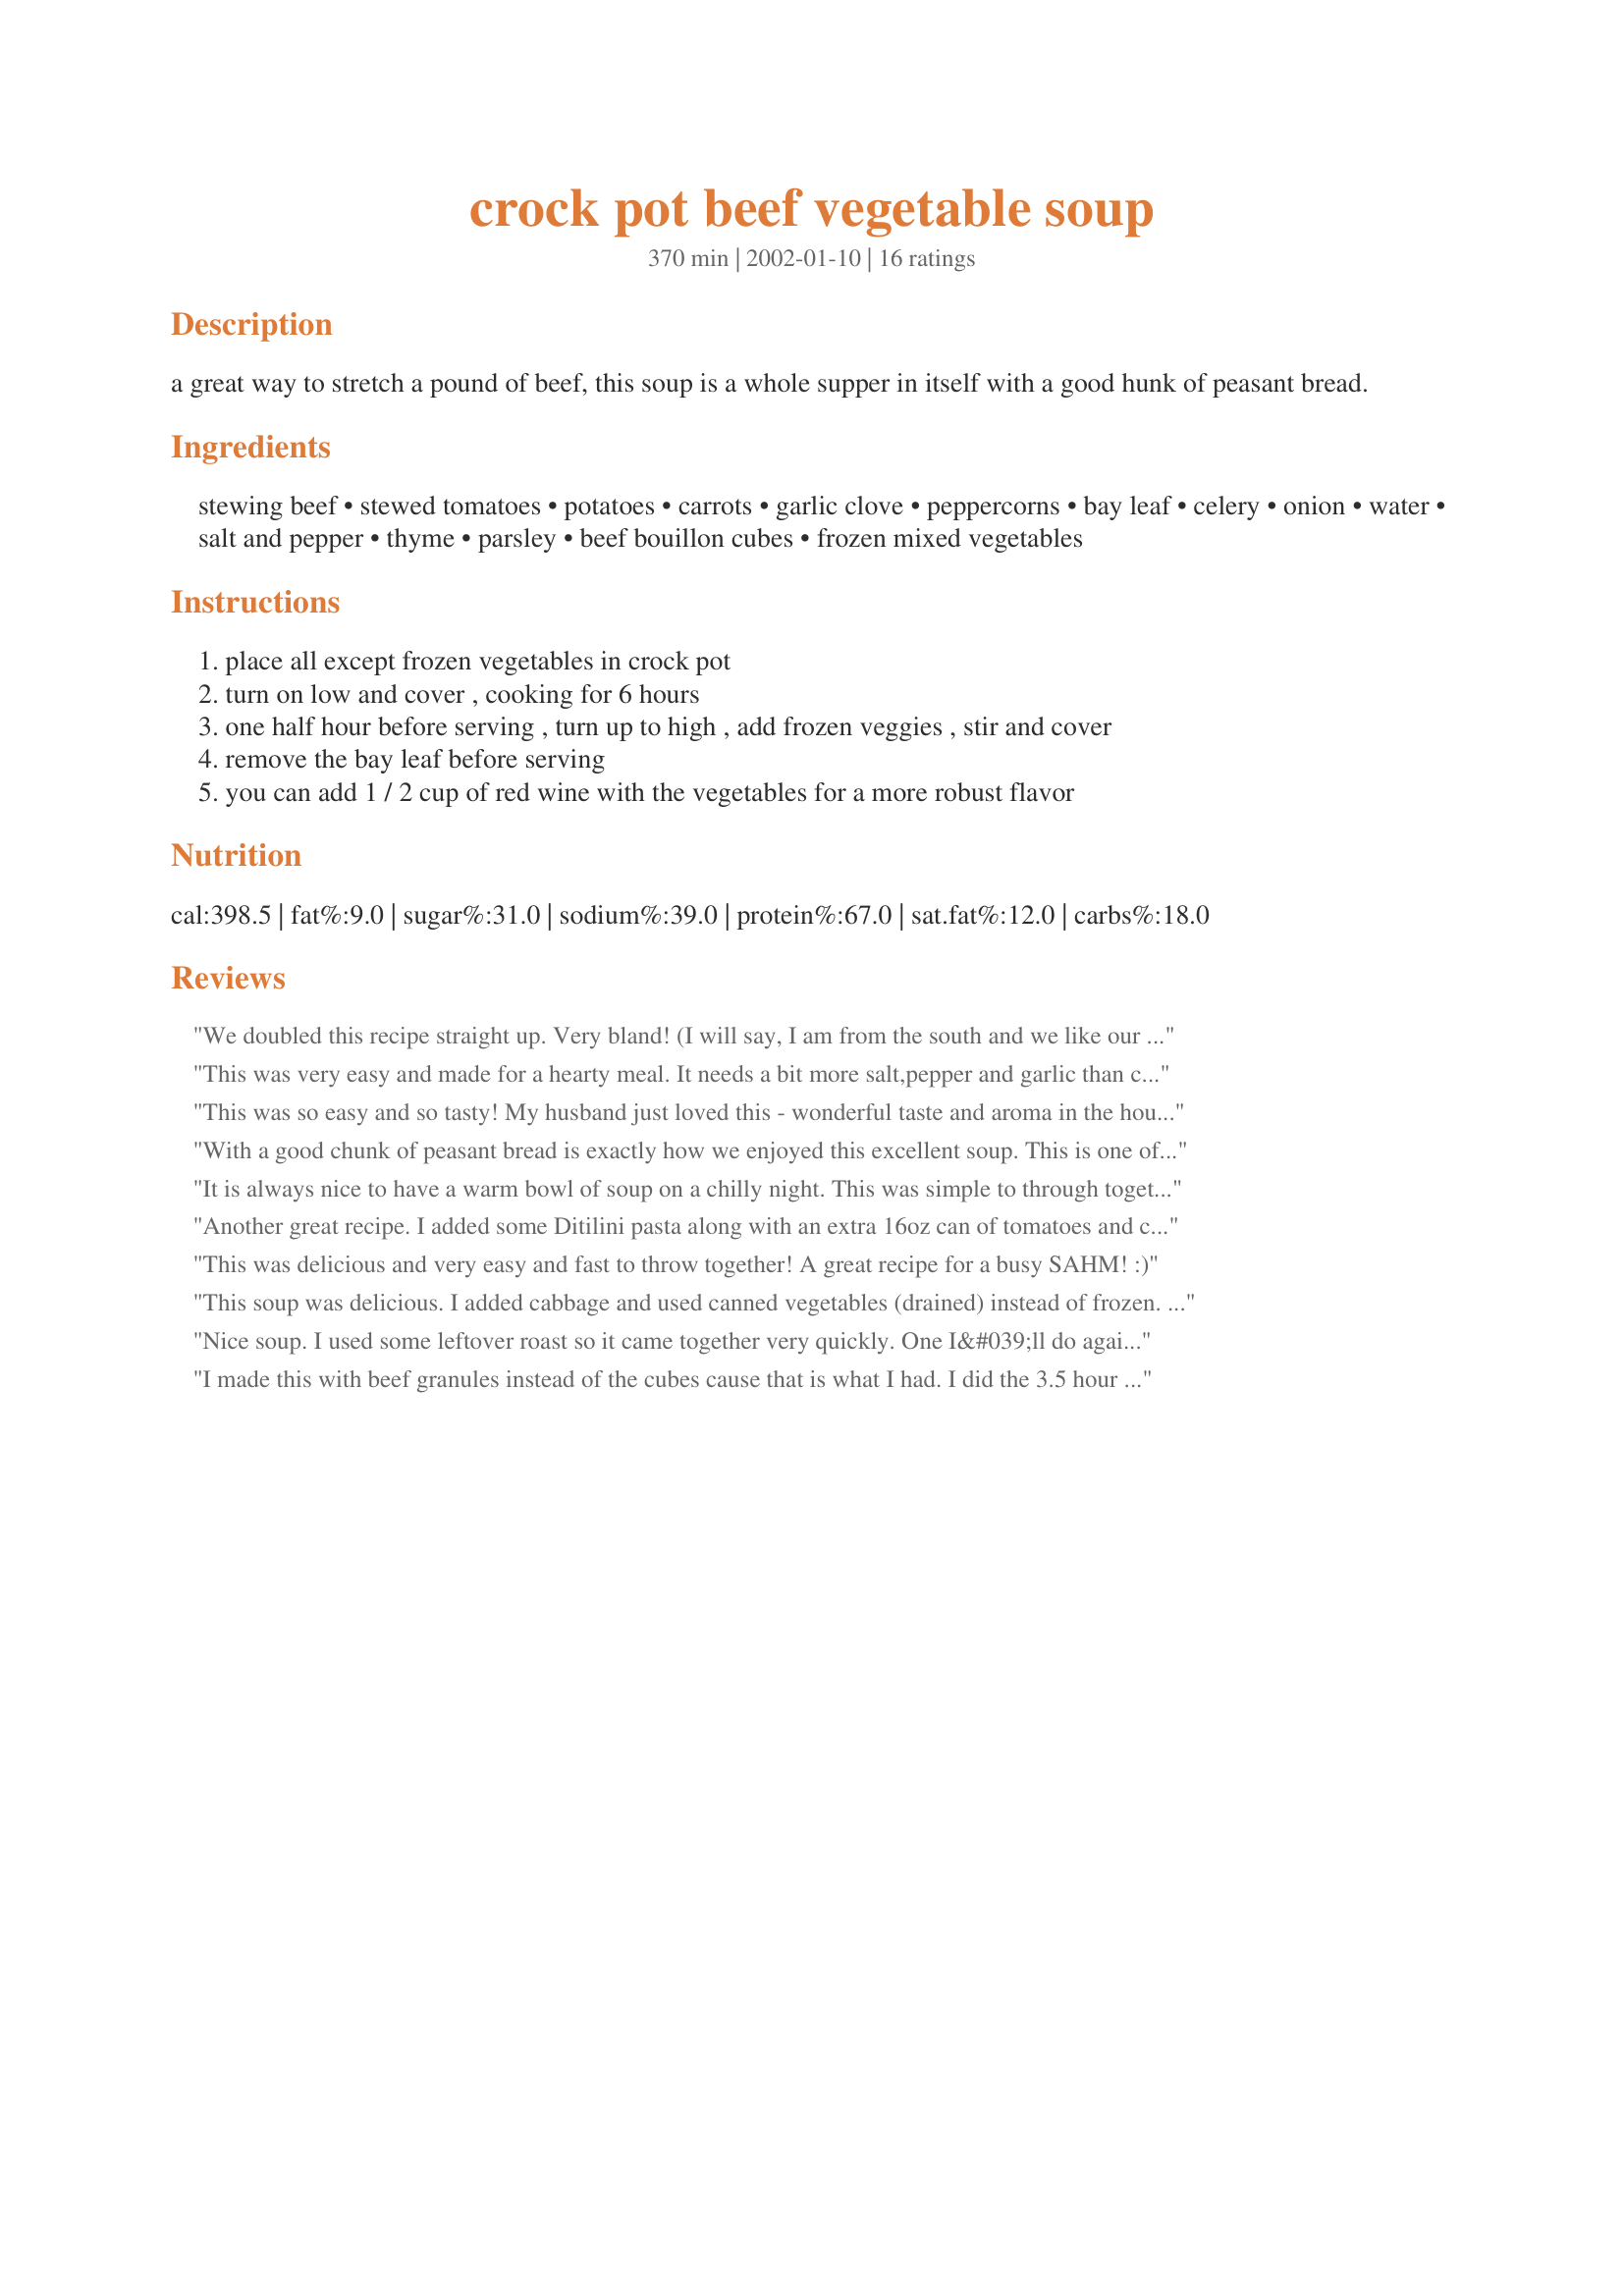
crock pot beef vegetable soup
Preparation time: 370 minutes

a great way to stretch a pound of beef, this soup is a whole supper in itself with a good hunk of peasant bread.

Ingredients:
stewing beef, stewed tomatoes, potatoes, carrots, garlic clove, peppercorns, bay leaf, celery, onion, water, salt and pepper, thyme, parsley, beef bouillon cubes, frozen mixed vegetables

Steps:
place all except frozen vegetables in crock pot
turn on low and cover , cooking for 6 hours
one half hour before serving , turn up to high , add frozen veggies , stir and cover
remove the bay leaf before serving
you can add 1 / 2 cup of red wine with the vegetables for a more robust flavor

Reviews:
We doubled this recipe straight up. Very bland! (I will say, I am from the south and we like our foods rich.) Needed much more salt, pepper, thyme, etc. Also a little thin for our taste. I added 1 can of tomato paste for the whole double batch. Little better after that. Also needed more time. Carrots and potatoes were still tough after the 6hrs low + 30min high.
This was very easy and made for a hearty meal. It needs a bit more salt,pepper and garlic than called for, though.
This was so easy and so tasty! My husband just loved this - wonderful taste and aroma in the house. I added a cut up turnip and some frozen peas/carrots/corn for mine. I also added some frech french cut green beans. It was very tasty and a snap to make. I let mine cook for 7 hours - the potatoes and turnips were cooked by then. Next time I will add some pasta and maybe a bit more salt. Great recipe!
With a good chunk of peasant bread is exactly how we enjoyed this excellent soup. This is one of the best soups I've done in my crock-pot in my 25 years of CP cooking. I made as written and it quite stretched the limits of my 2.5 qt. crockpot so a bit larger pot may be required. I may double it next time and use my 6-qt. pot and then freeze the leftovers. I'm also fantasizing about other veggies to use...for some reason cauliflower comes to mind. This was a lovely meal on a chilly day. Thanks so much for posting Mirj!
It is always nice to have a warm bowl of soup on a chilly night. This was simple to through together yet packed with flavor. Served it with a side salad and tomato bread. MMMMM....good
Another great recipe. I added some Ditilini pasta along with an extra 16oz can of tomatoes and cooked on low for 10 hours. Try this with Inez's Impossible Beer Bread. You won't be disappointed.
This was delicious and very easy and fast to throw together! A great recipe for a busy SAHM! :)
This soup was delicious. I added cabbage and used canned vegetables (drained) instead of frozen. Also added a can of 3 beans (drained) as well. I believe the spices and simmering is what helped make this soup so good. I slow cooked it for 8 hours on low. I served it with cornbread. My family was thrilled with this dinner on a cold night.
Nice soup. I used some leftover roast so it came together very quickly. One I&#039;ll do again. Thanks for sharing.
I made this with beef granules instead of the cubes cause that is what I had. I did the 3.5 hour and added wine. Tasted it and added more peppercorns. Let sit on low for another hour or so. I think the recipe is pretty great!
Thanks for this recipe! I have been looking for a tasty, easy-to-make, beef veg. soup.

I used 2 14.5 oz cans of diced tomatoes. I also added 2 TBSP (?) of red cooking wine. I would allow a bit longer cook time after putting in the frozen veggies. Mine took closer to 45 minutes at a gentle boil to soften up.
We loved this recipe. Tasted just like Campbell's sirloin burger soup. We'll definitely make again!
Delicious! Feed a group of 13 and there wasn't much left:) Thanks for the recipe!

Bob
What a wonderful recipe...we really enjoyed this, and will definitely make it again...thanks for sharing it.
This is a really good recipe...however I did make some changes...I used diced tomatoes with jalapenos, used my own vegetable stock, added 1/2 tsp oregano, 1/2 tsp basil, 1/2 tsp of parsley and 1/4 tsp of cayenne pepper. I also added the red wine. We like spicey foods here...and this soup fit the bill perfectly. Thanks so much for posting this recipe.
Great recipe and very economical too! I used a piece of skirt steak in mine, a cheap cut that was perfect for the long slow cooking. I cooked it for 6 hours and then put it in the fridge overnight. Next day I skimmed off the fat, cooked it another couple of hours and stirred in some cooked pasta and frozen peas. The addition of the pasta made it very filling. I used half a cup of red wine in mine also. A very satisfying meal!
